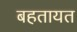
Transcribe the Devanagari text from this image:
बहतायत